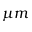
\mu m